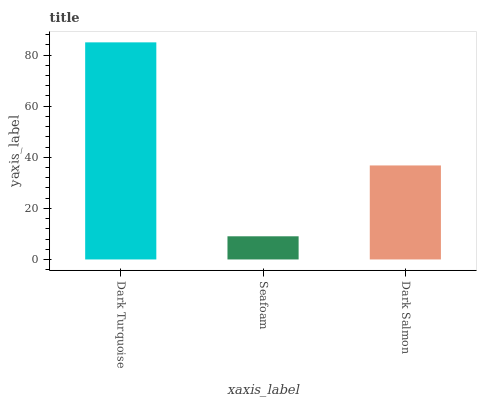
| xaxis_label | bars |
 | --- | --- |
 | Dark Turquoise | 85 |
 | Seafoam | 9.06 |
 | Dark Salmon | 36.8 |